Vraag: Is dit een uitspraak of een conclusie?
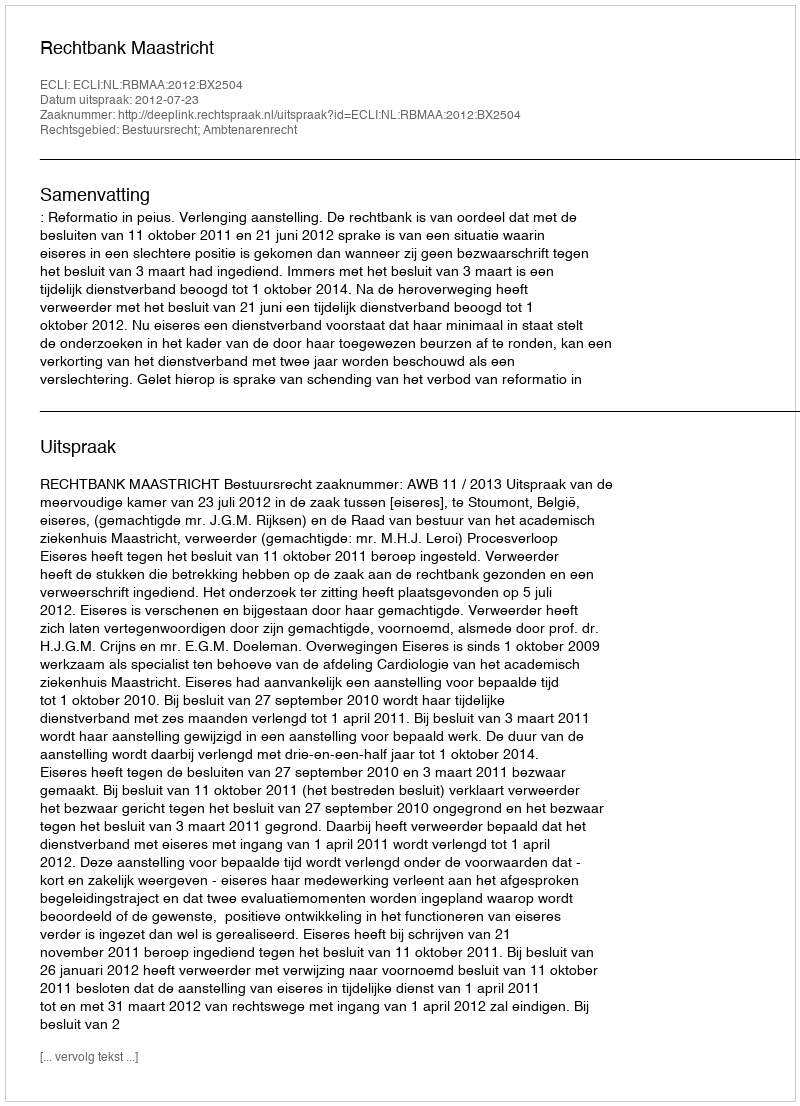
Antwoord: Uitspraak